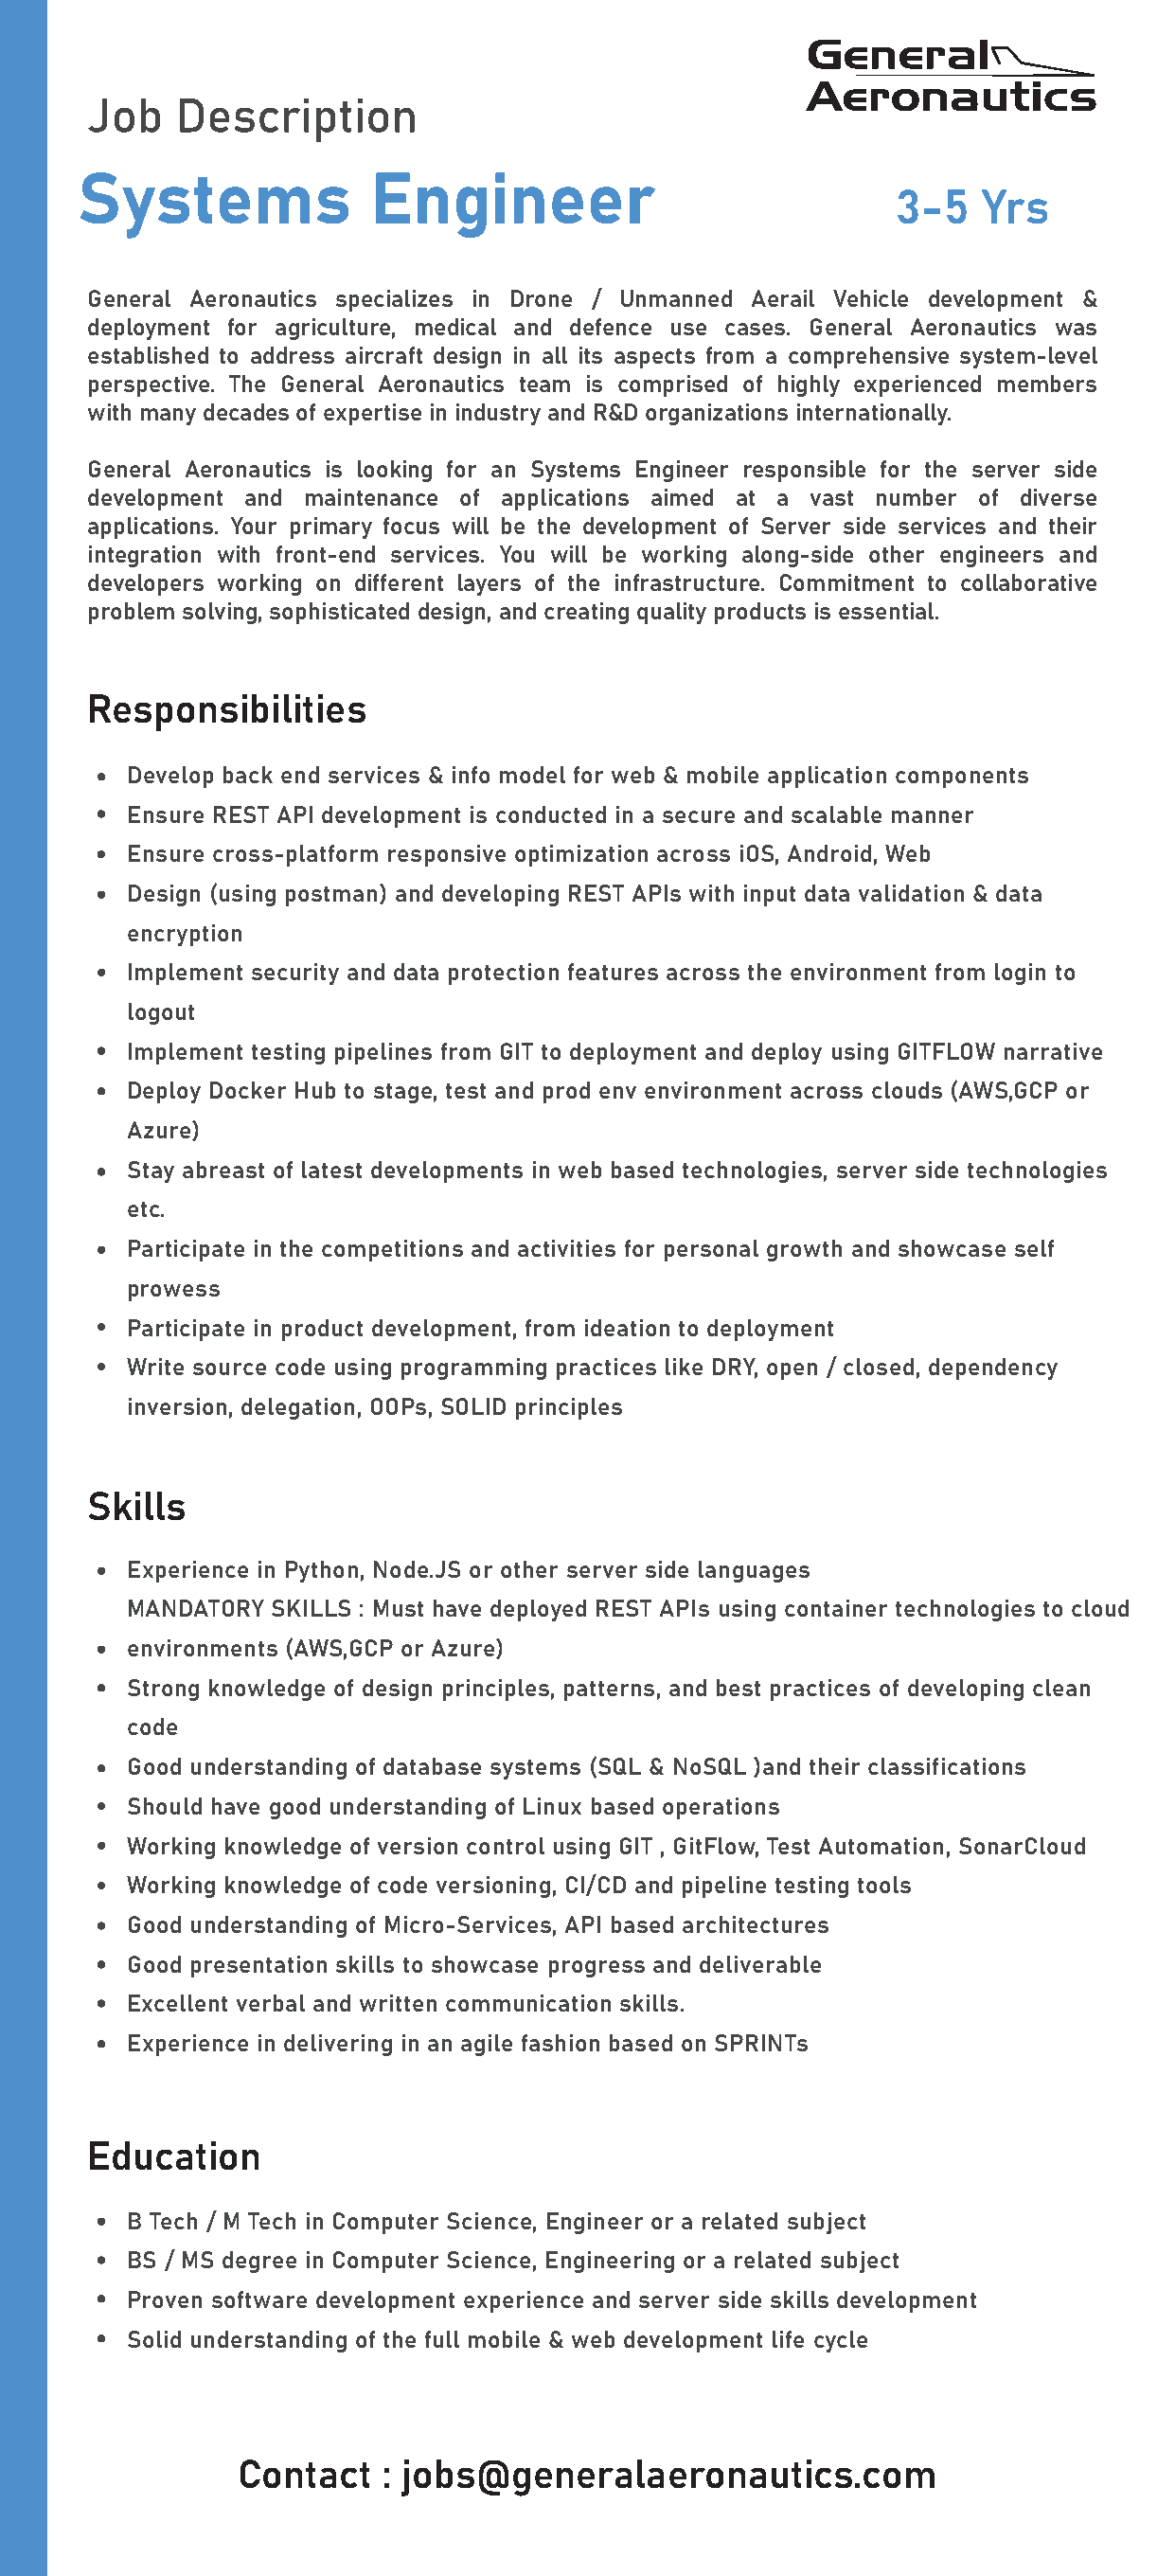
Job   Description
 Systems              Engineer
 3-5   Yrs
 General Aeronautics specializes in Drone / Unmanned Aerail Vehicle development &
 deployment for agriculture, medical and defence use cases. General Aeronautics was
 established to address aircraft design in all its aspects from a comprehensive system-level
 perspective. The General Aeronautics team is comprised of highly experienced members
 with many decades of expertise in industry and R&D organizations internationally.
 General Aeronautics is looking for an Systems Engineer responsible for the server side
 development and maintenance of applications aimed at a vast number of diverse
 applications. Your primary focus will be the development of Server side services and their
 integration with front-end services. You will be working along-side other engineers and
 developers working on different layers of the infrastructure. Commitment to collaborative
 problem solving, sophisticated design, and creating quality products is essential.
 Responsibilities
 Develop back end services & info model for web & mobile application components
 Ensure REST API development is conducted in a secure and scalable manner
 Ensure cross-platform responsive optimization across iOS, Android, Web
 Design (using postman) and developing REST APIs with input data validation & data
 encryption
 Implement security and data protection features across the environment from login to
 logout
 Implement testing pipelines from GIT to deployment and deploy using GITFLOW narrative
 Deploy Docker Hub to stage, test and prod env environment across clouds (AWS,GCP or
 Azure)
 Stay abreast of latest developments in web based technologies, server side technologies
 etc.
 Participate in the competitions and activities for personal growth and showcase self
 prowess
 Participate in product development, from ideation to deployment
 Write source code using programming practices like DRY, open / closed, dependency
 inversion, delegation, OOPs, SOLID principles
 Skills
 Experience in Python, Node.JS or other server side languages
 MANDATORY SKILLS : Must have deployed REST APIs using container technologies to cloud
 environments (AWS,GCP or Azure)
 Strong knowledge of design principles, patterns, and best practices of developing clean
 code
 Good understanding of database systems (SQL & NoSQL )and their classifications
 Should have good understanding of Linux based operations
 Working knowledge of version control using GIT , GitFlow, Test Automation, SonarCloud
 Working knowledge of code versioning, CI/CD and pipeline testing tools
 Good understanding of Micro-Services, API based architectures
 Good presentation skills to showcase progress and deliverable
 Excellent verbal and written communication skills.
 Experience in delivering in an agile fashion based on SPRINTs
 Education
 B Tech / M Tech in Computer Science, Engineer or a related subject
 BS / MS degree in Computer Science, Engineering or a related subject
 Proven software development experience and server side skills development
 Solid understanding of the full mobile & web development life cycle
 Contact   : jobs@generalaeronautics.com